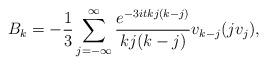
LaTeX: \begin{align*}B_{k}=-\frac{1}{3}\sum_{j=-\infty}^{\infty}\frac{e^{-3itkj(k-j)}}{kj(k-j)}v_{k-j}(jv_{j}),\end{align*}